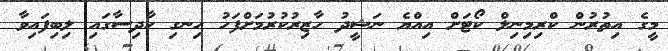
މީގެ އިތުރުން ކްރިމިނިލް ކޯޓަށް އިއްޔެ ނަޝީދު ހާޒިރުކުރުމަށްފަހު ހިނގި ހާދިސާގައި ލިބިފައިވާ